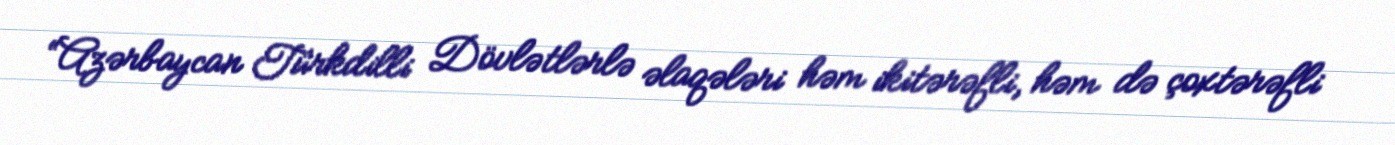
“Azərbaycan Türkdilli Dövlətlərlə əlaqələri həm ikitərəfli, həm də çoxtərəfli